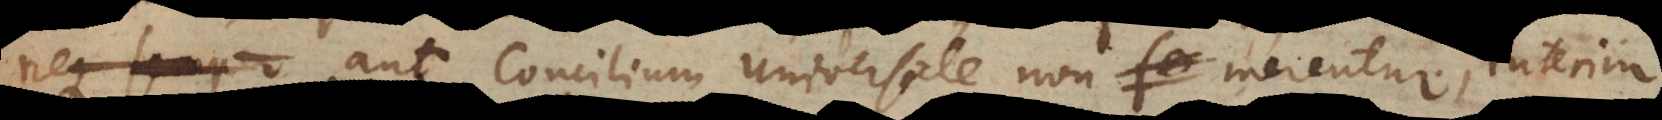
neque semper aut concilium universale non merentur, interim